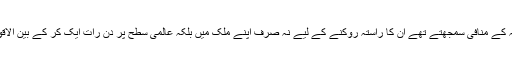
اور جن اسلامی قوانین کو وہ انسانی حقوق کے لیے اپنے مخصوص فلسفہ کے منافی سمجھتے تھے ان کا راستہ روکنے کے لیے نہ صرف اپنے ملک میں بلکہ عالمی سطح پر دن رات ایک کر کے بین الاقوامی لابیوں کی توجہ اور امداد حاصل کرنے میں کامیاب پیش رفت کی۔